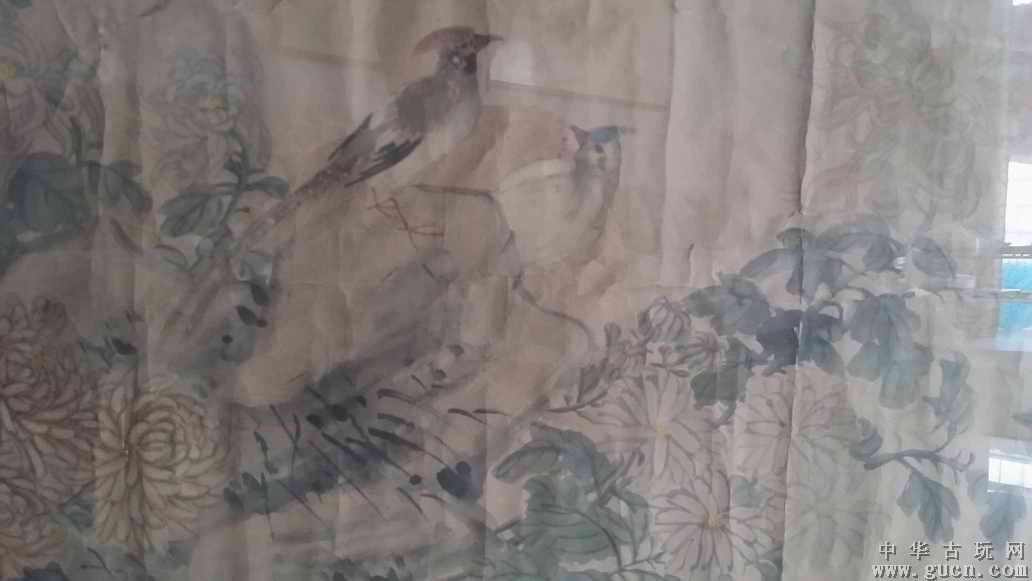
九日黄花才过了，一尊聊慰秋容老。